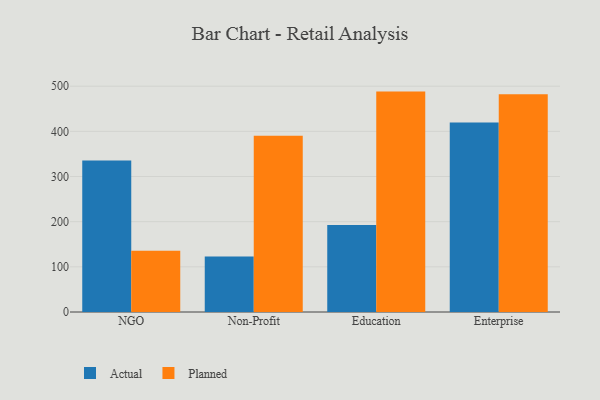
{"axis": {"x": "Segment", "y": "Temperature (°C)"}, "legend": ["Actual", "Planned"], "data": [{"x": "NGO", "y": 335.4, "type": "Actual"}, {"x": "NGO", "y": 135.8, "type": "Planned"}, {"x": "Non-Profit", "y": 122.8, "type": "Actual"}, {"x": "Non-Profit", "y": 390.5, "type": "Planned"}, {"x": "Education", "y": 192.7, "type": "Actual"}, {"x": "Education", "y": 488.0, "type": "Planned"}, {"x": "Enterprise", "y": 419.7, "type": "Actual"}, {"x": "Enterprise", "y": 482.2, "type": "Planned"}]}